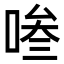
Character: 𭈧